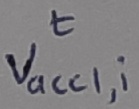
Text: t, Vacc1,i